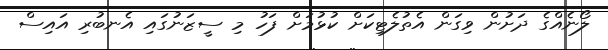
ލޯނެއްގެ ދަށުން ވިގަން އެތުލެޓިކަށް ކުޅުމަށް ފަހު މި ސީޒަނުގައި އެނބުރި އައިސް